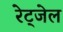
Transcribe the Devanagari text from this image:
रेट्जेल